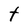
Character: t